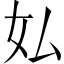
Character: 𫰇